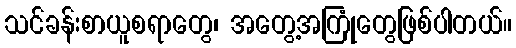
သင်ခန်းစာယူစရာတွေ၊ အတွေ့အကြုံတွေဖြစ်ပါတယ်။